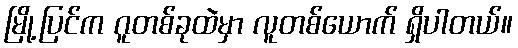
မြို့ပြင်က ဂူတစ်ခုထဲမှာ လူတစ်ယောက် ရှိပါတယ်။